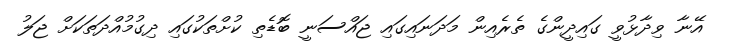
އޭނާ ވިދާޅުވީ ގައިދީންގެ ތެރެއިން މަދަނައިގައި ޖައްސަނީ ބޮޑެތި ކުށްތަކުގައި ދިގުމުއްދަތަކަށް ޖަލު